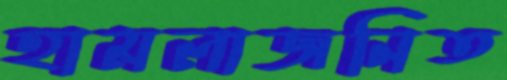
হামলাজনিত